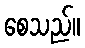
စေသည်။